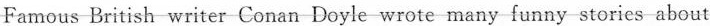
Famous British writer Conan Doyle wrote many funny stories about